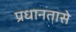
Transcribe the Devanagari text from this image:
प्रधानतासे